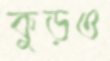
কুড়ও